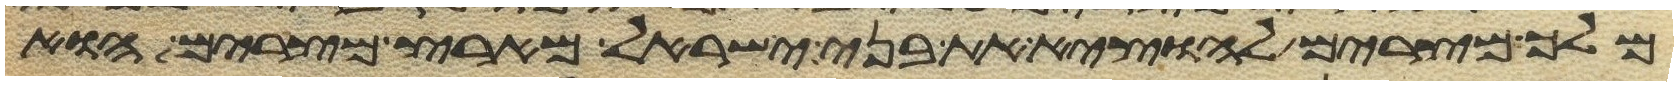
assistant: מלך מצרים להוציא את בני ישראל מארץ מצרים הוא